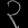
Digit: ၃